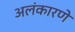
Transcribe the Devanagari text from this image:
अलंकारणे